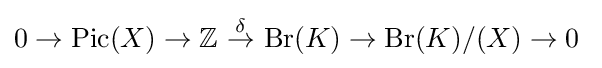
0\rightarrow \mathrm {Pic} (X)\rightarrow \mathbb {Z} ~{\stackrel {\delta }{\rightarrow }}~\mathrm {Br} (K)\rightarrow \mathrm {Br} (K)/(X)\rightarrow 0\